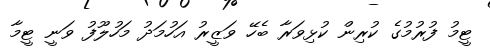
ޓީމު ފުރުމުގެ ކުރިން ކުޅިވަރާ ބެހޭ ވަޒީރު އަހުމަދު މަހުލޫފު ވަނީ ޓީމާ